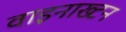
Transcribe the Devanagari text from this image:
वाइनाख्टन